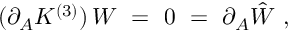
( \partial _ { A } K ^ { ( 3 ) } ) \, W \ = \ 0 \ = \ \partial _ { A } \hat { W } \ ,